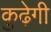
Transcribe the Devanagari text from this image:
कुढ़ेगी